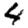
Digit: 4